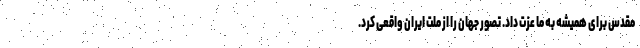
مقدس برای همیشه به ما عزت داد. تصور جهان را از ملت ایران واقعی کرد.